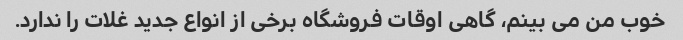
خوب من می بینم، گاهی اوقات فروشگاه برخی از انواع جدید غلات را ندارد.